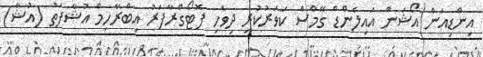
އިންޑިއަން އޯޝަން އައިލެންޑް ގޭމްސް ކަވަރުކުރި ދިވެހި ފޮޓޯގްރާފަރު އިބްރާހިމް އުޝާފަތު (އުޝާ)